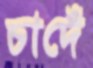
চাদেঁ